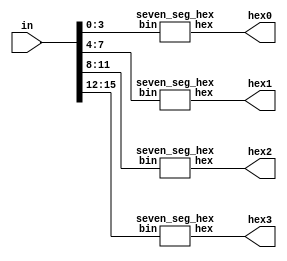
module quad_7seg_decoder(in, hex3, hex2, hex1, hex0);
	input [15:0] in;
	output [6:0] hex3, hex2, hex1, hex0;
	
	seven_seg_hex dec0 (in[3:0], hex0);
	seven_seg_hex dec1 (in[7:4], hex1);
	seven_seg_hex dec2 (in[11:8], hex2);
	seven_seg_hex dec3 (in[15:12], hex3);
endmodule

module seven_seg_hex (bin, hex);
	input [3:0]bin;
	output [6:0]hex;
	reg [6:0]hex;
	
	always @(bin) begin
		case (bin)
			4'b0000: hex = 7'b0111111;
			4'b0001: hex = 7'b0000110;
			4'b0010: hex = 7'b1011011;
			4'b0011: hex = 7'b1001111;
			4'b0100: hex = 7'b1100110;
			4'b0101: hex = 7'b1101101;
			4'b0110: hex = 7'b1111101;
			4'b0111: hex = 7'b0000111;
			4'b1000: hex = 7'b1111111;
			4'b1001: hex = 7'b1100111;
			4'b1010: hex = 7'b1110111;
			4'b1011: hex = 7'b1111100;
			4'b1100: hex = 7'b0111001;
			4'b1101: hex = 7'b1011110;
			4'b1110: hex = 7'b1111001;
			4'b1111: hex = 7'b1110001;
		endcase
	end
	
endmodule